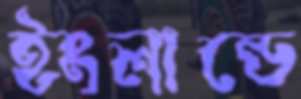
ইংলান্ডে